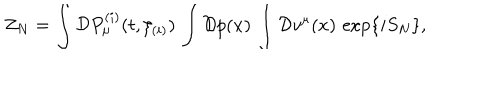
LaTeX: Z _ { N } = \int { \cal D } P _ { \mu } ^ { ( i ) } ( t , \xi _ { ( i ) } ) \, \int { \cal D } p ( x ) \, \int { \cal D } v ^ { \mu } ( x ) \, \exp \{ i S _ { N } \} ,